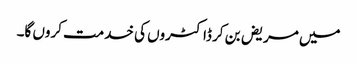
میں مریض بن کر ڈاکٹروں کی خدمت کروں گا۔